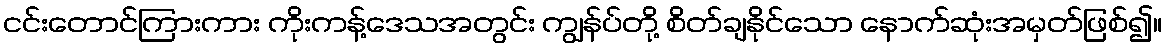
ငင်းတောင်ကြားကား ကိုးကန့်ဒေသအတွင်း ကျွန်ပ်တို့ စိတ်ချနိုင်သော နောက်ဆုံးအမှတ်ဖြစ်၍။